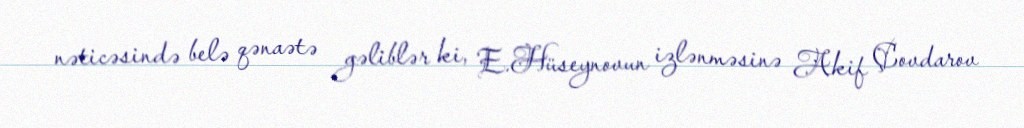
nəticəsində belə qənaətə gəliblər ki, E.Hüseynovun izlənməsinə Akif Çovdarov